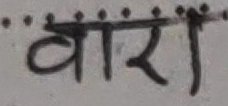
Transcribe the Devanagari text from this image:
वारा